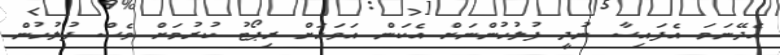
އެދޭނަމަ އެފައިސާ ނުދީ ފުލުހުންނަށް އެކަން އަވަހަށް ރިޕޯޓު ކުރުމަށް ވެސް ފުލުހުން